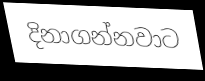
දිනාගන්නවාට